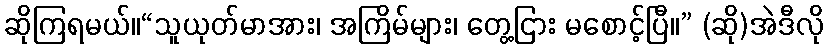
ဆိုကြရမယ်။“သူယုတ်မာအား၊ အကြိမ်များ၊ တွေ့ငြား မစောင့်ပြီ။” (ဆို)အဲဒီလို